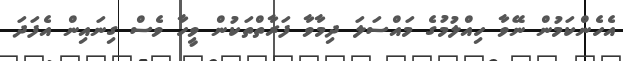
އެހެންކަމުން ނޭވާ ހިއްލުމުގެ މައްސަލަ ދިމާވާ ފަރާތްތަކުން ވީހާ ވެސް ގިނައިން އެފަދަ